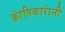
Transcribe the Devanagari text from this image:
क्रांतिकारांनी